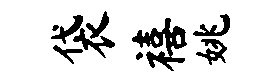
袋禧姚